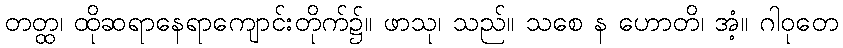
တတ္ထ၊ ထိုဆရာနေရာကျောင်းတိုက်၌။ ဖာသု၊ သည်။ သစေ န ဟောတိ၊ အံ့။ ဂါဝုတေ